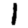
Digit: 1